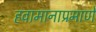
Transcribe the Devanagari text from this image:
हवामानाप्रमाणे